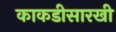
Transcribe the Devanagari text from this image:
काकडीसारखी